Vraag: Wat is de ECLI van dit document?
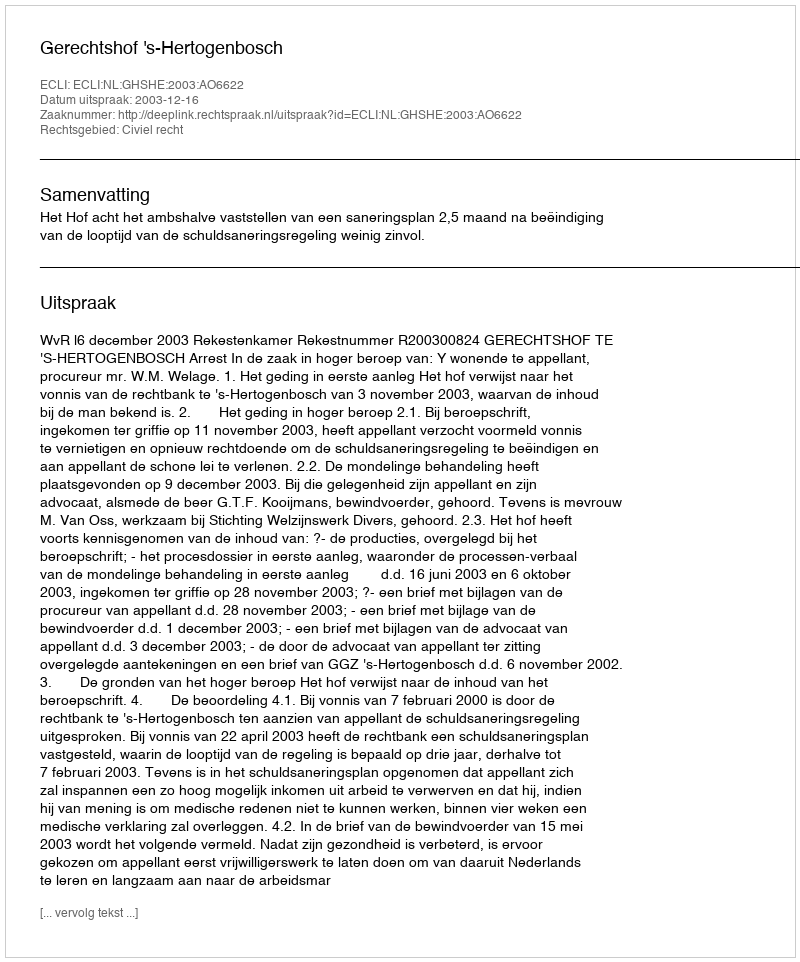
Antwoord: ECLI:NL:GHSHE:2003:AO6622